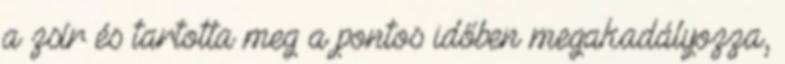
a zsír és tartotta meg a pontos időben megakadályozza,